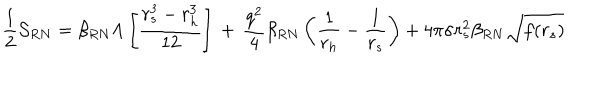
\frac { 1 } { 2 } { \cal S } _ { R N } = \beta _ { R N } \Lambda \left[ \frac { r _ { s } ^ { 3 } - r _ { h } ^ { 3 } } { 1 2 } \right] \, + \, \frac { q ^ { 2 } } { 4 } \beta _ { R N } \left( \frac { 1 } { r _ { h } } - \frac { 1 } { r _ { s } } \right) + 4 \pi \sigma r _ { s } ^ { 2 } \beta _ { R N } \sqrt { f ( r _ { s } ) }